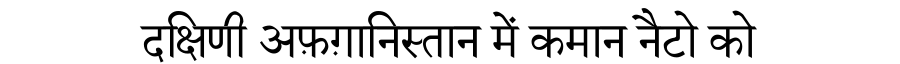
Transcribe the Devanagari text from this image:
दक्षिणी अफ़ग़ानिस्तान में कमान नैटो को